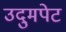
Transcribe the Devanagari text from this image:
उदुमपेट